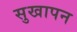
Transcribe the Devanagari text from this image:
सुखापन